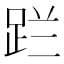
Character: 𮛔